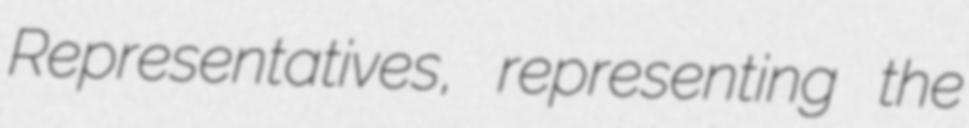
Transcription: Representatives, representing the